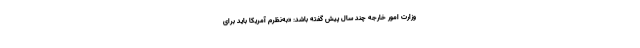
وزارت امور خارجه چند سال پیش گفته باشد: «به‌نظرم آمریکا باید برای